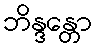
ဘိန္ဒန္တော